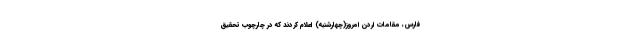
فارس، مقامات اردن امروز(چهارشنبه) اعلام کردند که در چارچوب تحقیق